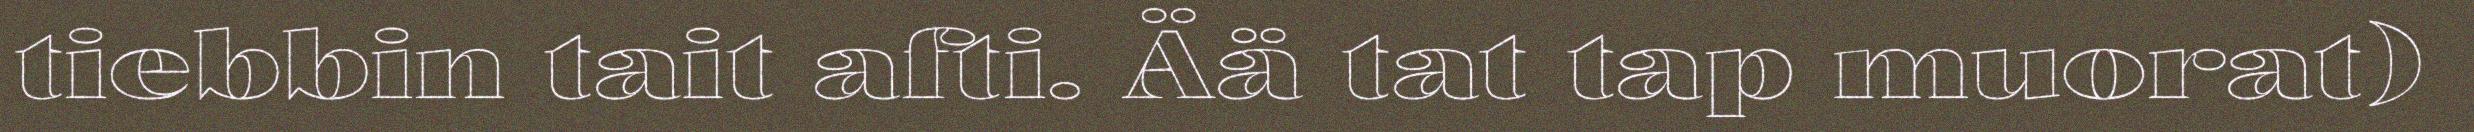
tiebbin tait afti. Ää tat tap muorat)